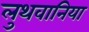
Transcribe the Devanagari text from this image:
लुथवानिया